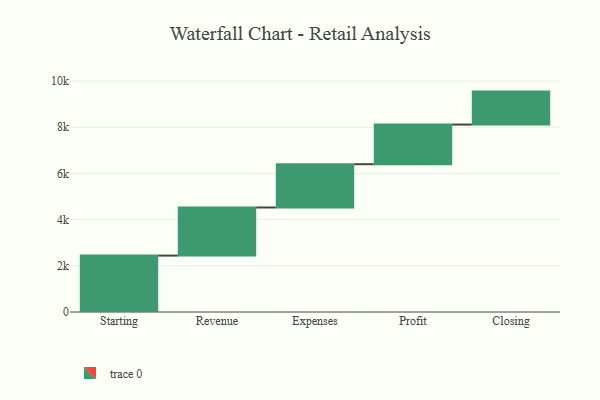
{"axis": {"x": "Step", "y": "Value"}, "legend": [""], "data": [{"x": "Starting", "y": 2443.0, "type": ""}, {"x": "Revenue", "y": 2083.0, "type": ""}, {"x": "Expenses", "y": 1875.0, "type": ""}, {"x": "Profit", "y": 1716.0, "type": ""}, {"x": "Closing", "y": 1428.0, "type": ""}]}